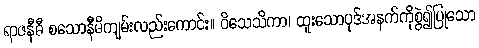
ရာဇနီဓီ စသောနီဓိကျမ်းလည်းကောင်း။ ဝိသေသိကာ၊ ထူးသောပုဒ်အနက်ကိုစွဲ၍ပြုသော